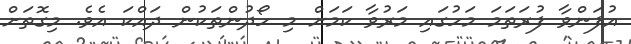
އުފަންވާ ފުރަތަމަ މަހުގައި މަރުވާ ކަމަށް މި ހޯދުންތަކުން ދައްކަ އެވެ. މިގޮތަށް